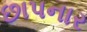
છાપનાર